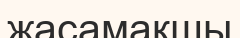
жасамақшы